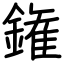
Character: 𨫝